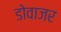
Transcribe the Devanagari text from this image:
डोवाजर